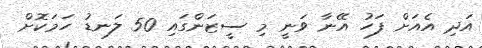
އަދި އެއަށް ފަހު އޭނާ ވަނީ މި ސީޒަންގައި 50 ލަނޑު ހަމަކޮށް